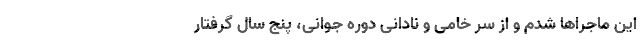
این ماجراها شدم و از سر خامی و نادانی دوره جوانی، پنج سال گرفتار